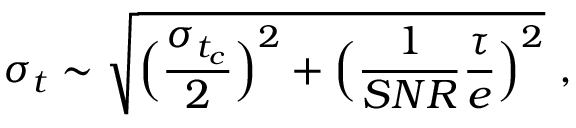
\sigma _ { t } \sim \sqrt { \Big ( \frac { \sigma _ { t _ { c } } } { 2 } \Big ) ^ { 2 } + \Big ( \frac { 1 } { S N R } \frac { \tau } { e } \Big ) ^ { 2 } } ~ ,